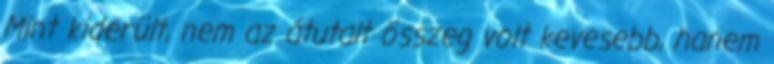
Mint kiderült, nem az átutalt összeg volt kevesebb, hanem